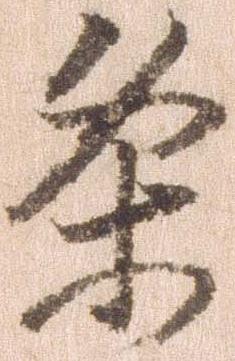
条